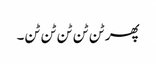
پھر ٹن ٹن ٹن ٹن ٹن۔